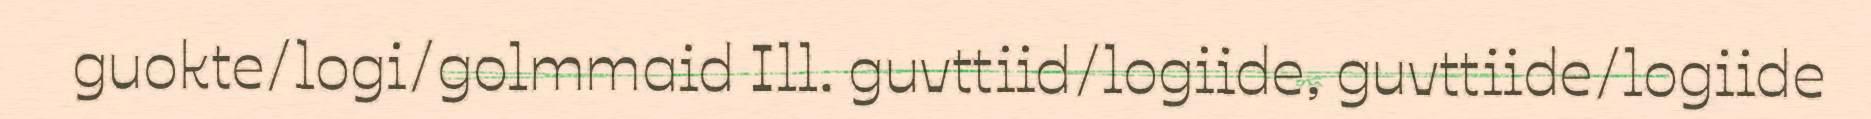
guokte/logi/golmmaid Ill. guvttiid/logiide, guvttiide/logiide